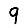
Digit: 9